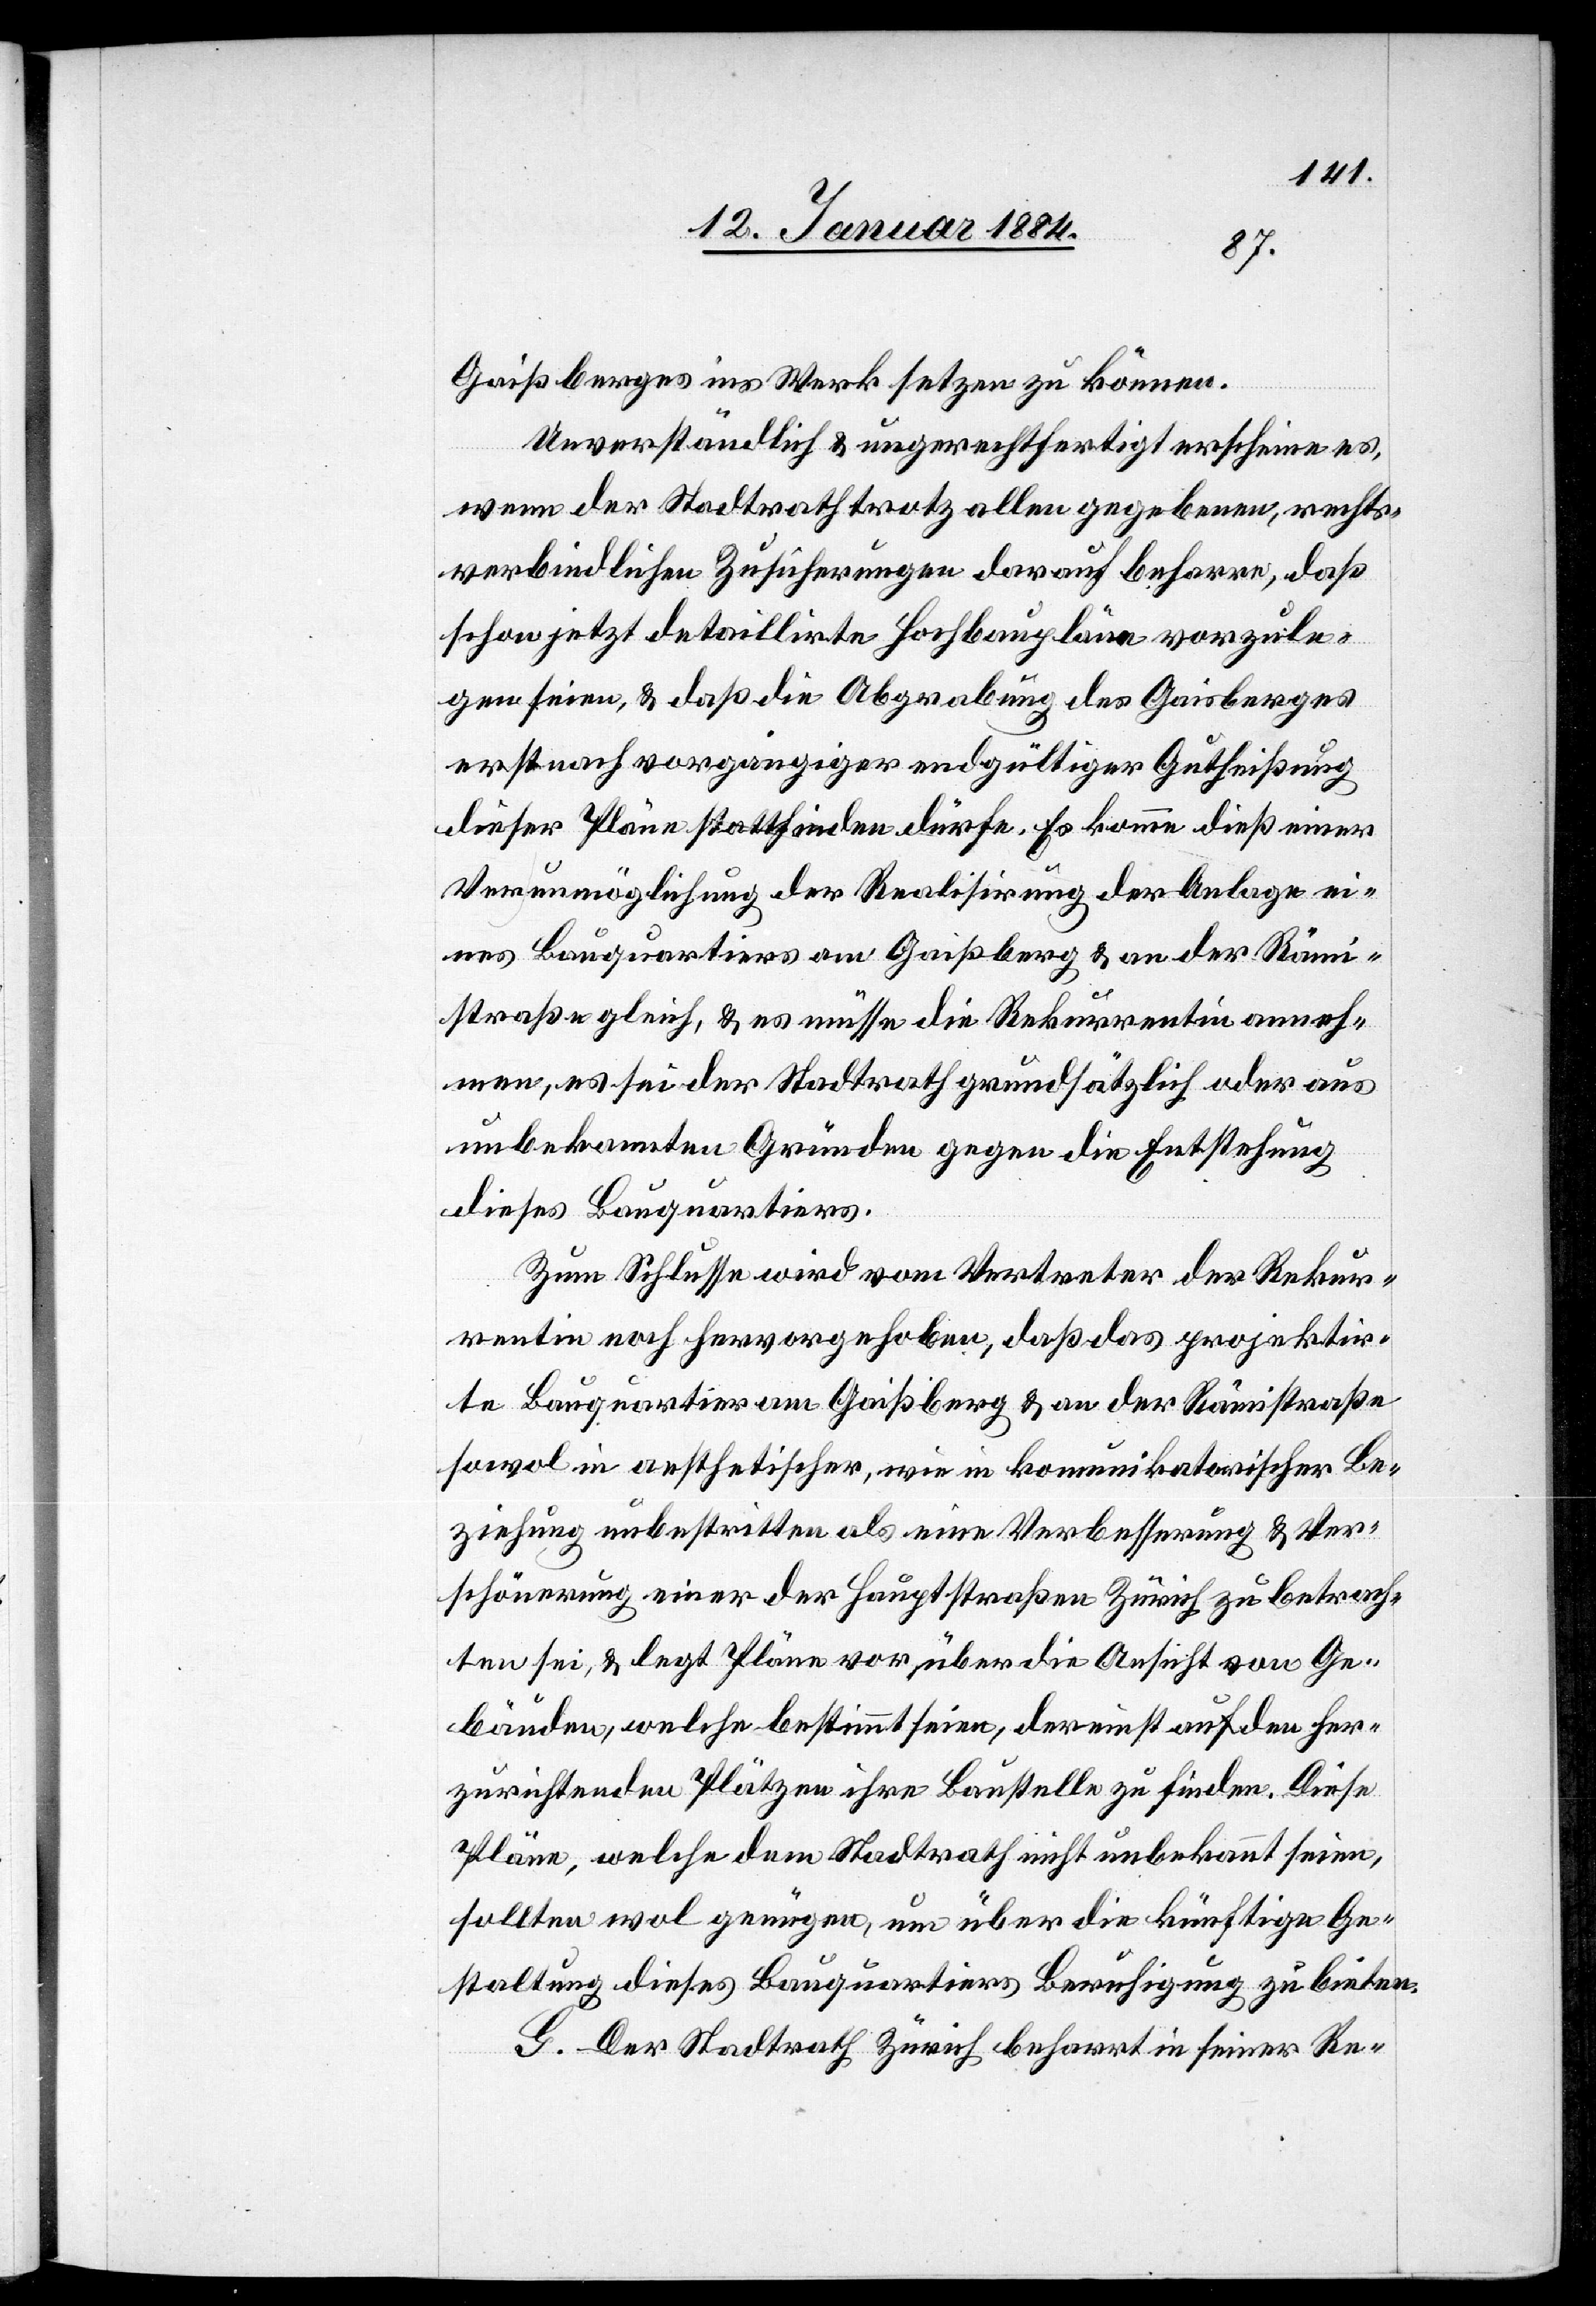
Gaißberges ins Werk setzen zu können.
Unverständlich & ungerechtfertigt erscheine es,
wenn der Stadtrath trotz allen gegebenen, rechts¬
verbindlichen Zuführungen darauf beharre, daß
schon jetzt detaillirte Hochbaupläne vorzule¬
gen seien, & daß die Abgrabung des Gaisberges
erst nach vorgängiger endgültiger Gutheißung
dieser Pläne stattfinden dürfe. Es komme dieß einer
Verunmöglichung der Realisierung der Anlage ei¬
nes Bauquartiers am Gaißberg & an der Rämi¬
straße gleich, & es müsse die Rekurrentin anneh¬
men, es sei der Stadtrath grundsätzlich oder aus
unbekannten Gründen gegen die Entstehung
dieses Bauquartiers.
Zum Schlusse wird vom Vertreter der Rekur¬
rentin noch hervorgehoben, daß das projektir¬
te Bauquartier am Gaißberg & an der Rämistraße
sowol in aesthetischer, wie in kommunikatorischer Be¬
ziehung unbestritten als eine Verbesserung & Ver¬
schönerung einer der Hauptstraßen Zürich[s] zu betrach¬
ten sei, & legt Pläne vor, über die Ansicht von Ge¬
bäuden, welche bestimmt seien, dereinst auf den her¬
zurichtenden Plätzen ihre Baustelle zu finden. Diese
Pläne, welche dem Stadtrath nicht unbekannt seien,
sollten wol genügen, um über die künftige Ge¬
staltung dieses Bauquartiers Berechtigung zu bieten.
G. Der Stadtrath Zürich beharrt in seiner Re-